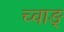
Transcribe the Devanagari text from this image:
च्वाङ्